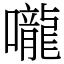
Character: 嚨